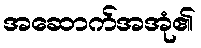
အဆောက်အအုံ၏